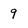
Character: 9